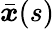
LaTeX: \bar{\boldsymbol{x}}(s)